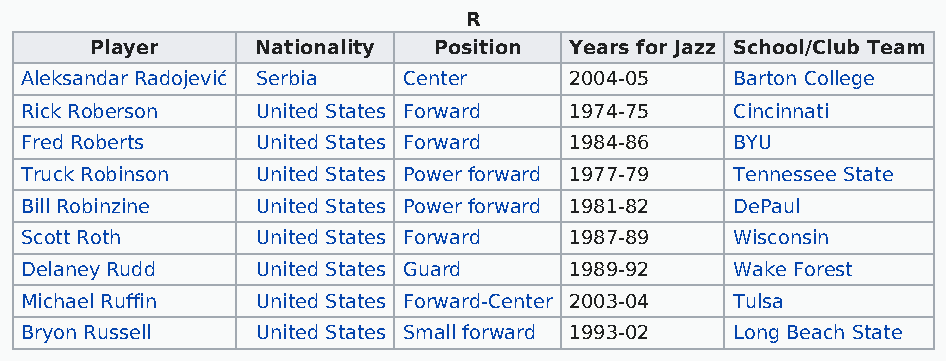
R
 Player     Nationality Position Years for Jazz School/Club Team
 Aleksandar Radojević Serbia Center   2004-05    Barton College
 Rick Roberson   United States Forward 1974-75   Cincinnati
 Fred Roberts    United States Forward 1984-86   BYU
 Truck Robinson  United States Power forward 1977-79 Tennessee State
 Bill Robinzine  United States Power forward 1981-82 DePaul
 Scott Roth      United States Forward 1987-89   Wisconsin
 Delaney Rudd    United States Guard  1989-92    Wake Forest
 Michael Ruffin  United States Forward-Center 2003-04 Tulsa
 Bryon Russell   United States Small forward 1993-02 Long Beach State